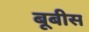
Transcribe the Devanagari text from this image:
बूबीस